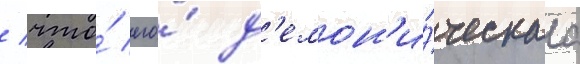
/ что́ его́ д'емон'и́ческаа